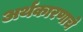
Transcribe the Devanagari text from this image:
अर्थकारणाचे